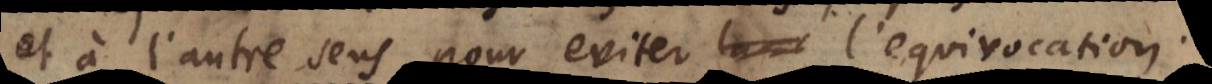
et à l’autre sens pour eviter l’equivocation.